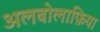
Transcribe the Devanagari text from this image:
अलबोलाफ़िया